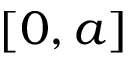
[ 0 , a ]